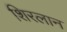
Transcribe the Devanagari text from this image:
शिरलान